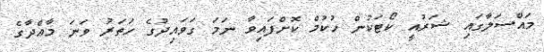
މައްސަލާގައި ޝަރުއީ ކޯޓަކުން ހުކުމް ކޮށްފައިވާ ނަމަ ގަވައިދުގެ ހަތަރު ވަނަ މާއްދާގެ